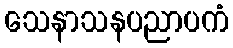
သေနာသနပညာပကံ